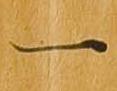
一